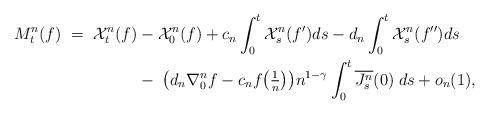
LaTeX: \begin{align*} M^n_t(f) \; = \; \mathcal X^n_t(f) & - \mathcal X^n_0(f) +c_n \int_{0}^t \mathcal X^n_s(f') ds - d_n \int_{0}^t \mathcal X^n_s(f'') ds \\ &-\; \big( d_n \nabla^n_{0} f - c_n f\big(\tfrac{1}{n}\big) \big)n^{1-\gamma} \int_{0}^t \overline{J_s^n}(0) \; ds + o_n(1),\end{align*}